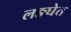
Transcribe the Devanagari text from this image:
लङ्घेत